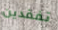
تفقدين